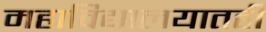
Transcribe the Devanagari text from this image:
महाविद्यालयातही